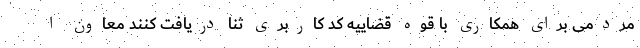
مردمی برای همکاری با قوه قضاییه کد کاربری ثنا دریافت کنند معاون ا